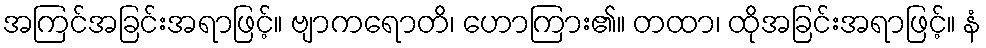
အကြင်အခြင်းအရာဖြင့်။ ဗျာကရောတိ၊ ဟောကြား၏။ တထာ၊ ထိုအခြင်းအရာဖြင့်။ နံ